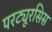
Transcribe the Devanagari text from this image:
परट्यूरसिस